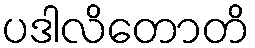
ပဒါလိတောတိ